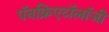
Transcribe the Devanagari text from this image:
पॅनक्रिएटॉलॉजी